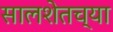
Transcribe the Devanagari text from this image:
सालशेतच्या